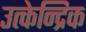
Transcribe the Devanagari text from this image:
उत्केन्द्रिक